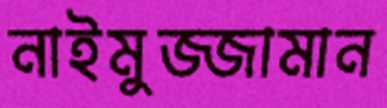
নাইমুজ্জামান